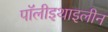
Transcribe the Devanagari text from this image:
पॉलीइथाइलीन